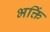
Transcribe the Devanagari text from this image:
भक्तिं